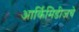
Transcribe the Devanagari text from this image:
आर्किमिडीजचे